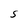
Character: S